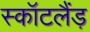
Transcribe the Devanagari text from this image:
स्कॉटलैंड़